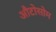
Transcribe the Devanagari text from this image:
औटोसोम